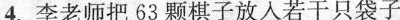
4.李老师把63颗棋子放入若干只袋子